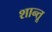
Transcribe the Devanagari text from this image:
शान्तू